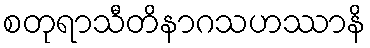
စတုရာသီတိနာဂသဟဿာနိ